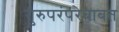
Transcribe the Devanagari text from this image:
गुरुपरंपरेबाबत